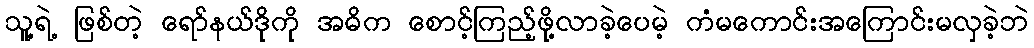
သူ့ရဲ့ ဖြစ်တဲ့ ရော်နယ်ဒိုကို အဓိက စောင့်ကြည့်ဖို့လာခဲ့ပေမဲ့ ကံမကောင်းအကြောင်းမလှခဲ့ဘဲ